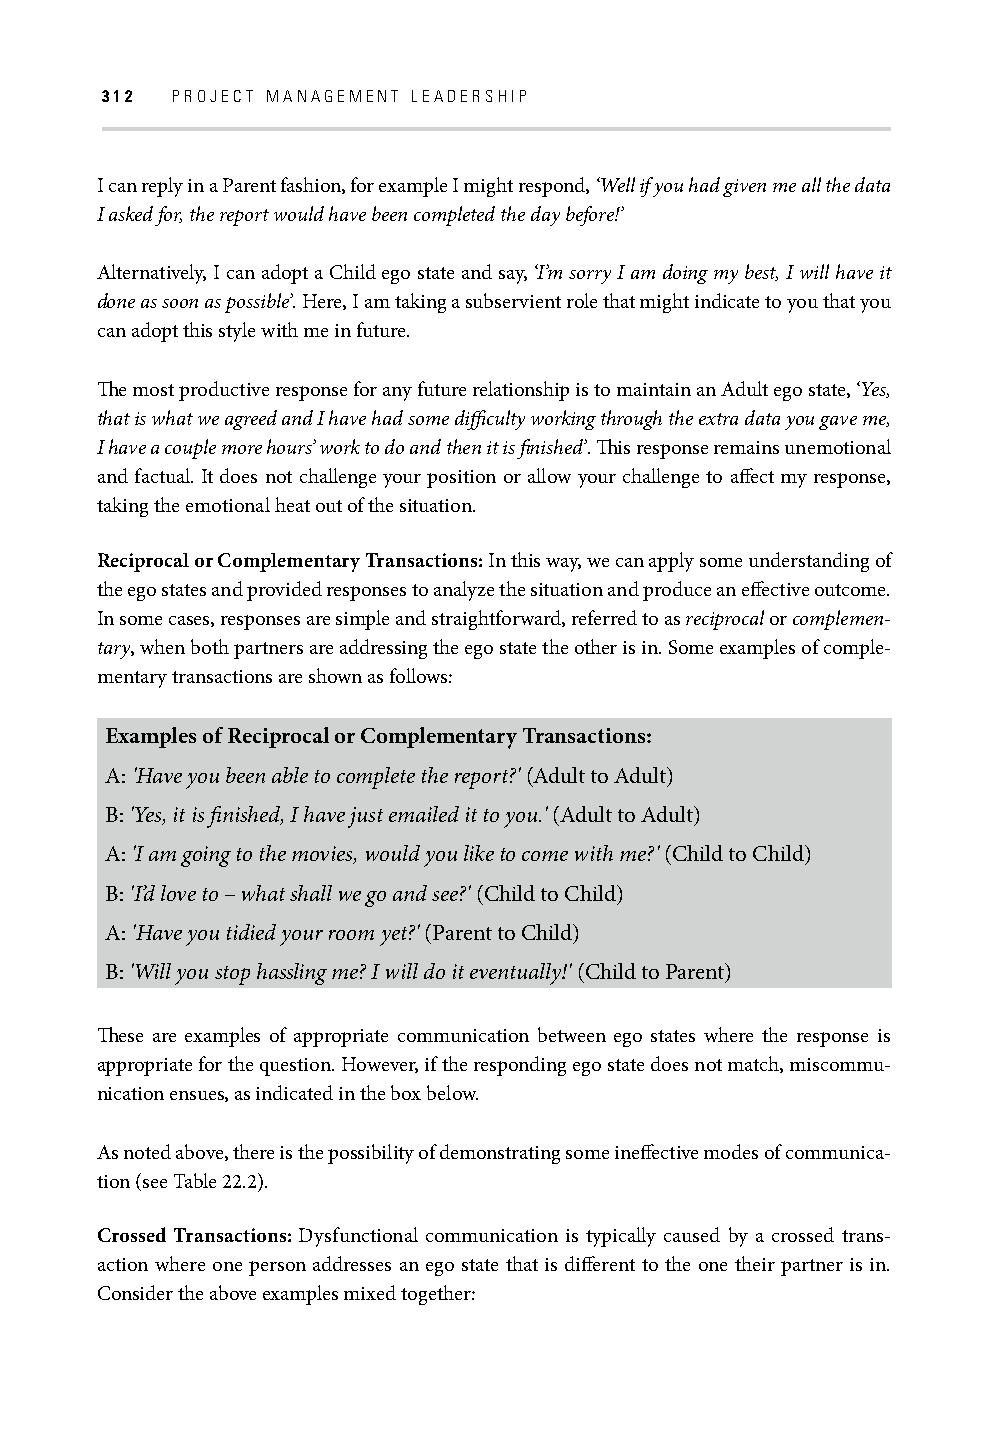
312 PROJECT MANAGEMENT LEADERSHIP
 I can reply in a Parent fashion, for example I might respond, ‘Well if you had given me all the data
 I asked for, the report would have been completed the day before!’
 Alternatively, I can adopt a Child ego state and say, ‘I’m sorry I am doing my best, I will have it
 done as soon as possible’. Here, I am taking a subservient role that might indicate to you that you
 can adopt this style with me in future.
 Th e most productive response for any future relationship is to maintain an Adult ego state, ‘Yes,
 that is what we agreed and I have had some diffi culty working through the extra data you gave me,
 I have a couple more hours’ work to do and then it is fi nished’. Th is response remains unemotional
 and factual. It does not challenge your position or allow your challenge to aff ect my response,
 taking the emotional heat out of the situation.
 Reciprocal or Complementary Transactions: In this way, we can apply some understanding of
 the ego states and provided responses to analyze the situation and produce an eff ective outcome.
 In some cases, responses are simple and straightforward, referred to as reciprocal or complemen-
 tary, when both partners are addressing the ego state the other is in. Some examples of comple-
 mentary transactions are shown as follows:
 Examples of Reciprocal or Complementary Transactions:
 A: 'Have you been able to complete the report?' (Adult to Adult)
 B: 'Yes, it is fi nished, I have just emailed it to you.' (Adult to Adult)
 A: 'I am going to the movies, would you like to come with me?' (Child to Child)
 B: 'I’d love to – what shall we go and see?' (Child to Child)
 A: 'Have you tidied your room yet?' (Parent to Child)
 B: 'Will you stop hassling me? I will do it eventually!' (Child to Parent)
 Th ese are examples of appropriate communication between ego states where the response is
 appropriate for the question. However, if the responding ego state does not match, miscommu-
 nication ensues, as indicated in the box below.
 As noted above, there is the possibility of demonstrating some ineff ective modes of communica-
 tion (see Table 22.2).
 Crossed Transactions: Dysfunctional communication is typically caused by a crossed trans-
 action where one person addresses an ego state that is diff erent to the one their partner is in.
 Consider the above examples mixed together: